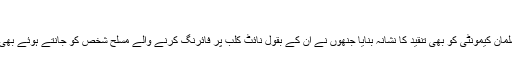
‘
انھوں نے اورلینڈو کی مسلمان کیمونٹی کو بھی تنقید کا نشانہ بنایا جنھوں نے اُن کے بقول نائٹ کلب پر فائرنگ کرنے والے مسلح شخص کو جانتے ہوئے بھی پولیس کو مطلع نہیں کیا۔